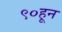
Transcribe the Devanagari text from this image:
९०हून